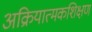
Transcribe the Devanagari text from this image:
अक्रियात्मकशिक्षण